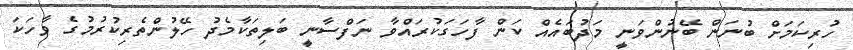
ހުރިކަމަށް ބުނަން ބޭނުންވަނީ މަދުބައެއް ކަން ފާހަގަކުރައްވާ ނަފްސާނީ ބަލިތަކާމެދު ހޭލުންތެރިކުރުމުގެ ވާހަކަ